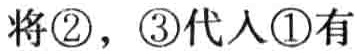
将\textcircled{2}，\textcircled{3}代入\textcircled{1}有